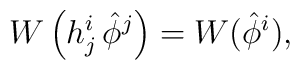
W \left( h^i_j\, \hat \phi^j \right) = W(\hat \phi^i),